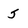
Character: 5